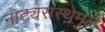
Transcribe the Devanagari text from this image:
नाट्यसंस्थेमुळे